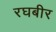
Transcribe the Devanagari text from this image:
रघबीर